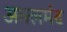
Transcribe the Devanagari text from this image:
अक्लमंद